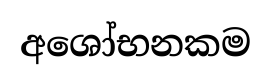
අශෝභනකම